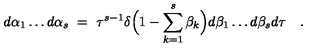
d \alpha _ { 1 } \ldots d \alpha _ { s } \ = \ \tau ^ { s - 1 } \delta \Bigl ( 1 - \sum _ { k = 1 } ^ { s } \beta _ { k } \Bigr ) d \beta _ { 1 } \ldots d \beta _ { s } d \tau \quad .